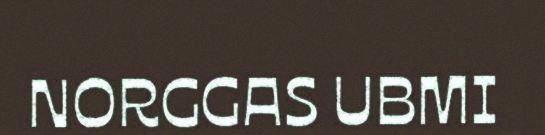
NORGGAS UBMI